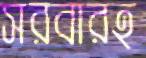
সরবারহ